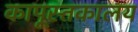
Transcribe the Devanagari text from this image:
कापूस्तकालय